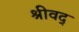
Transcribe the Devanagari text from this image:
श्रीवद्‌